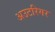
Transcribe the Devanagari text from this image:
अउटरिगर